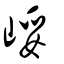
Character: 㟎